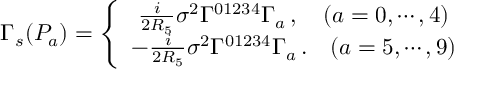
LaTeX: \Gamma _ { s } ( P _ { a } ) = \left\{ \begin{array} { c } { { \frac { i } { 2 R _ { 5 } } \sigma ^ { 2 } \Gamma ^ { 0 1 2 3 4 } \Gamma _ { a } \, , \ \ \ ( a = 0 , \cdots , 4 ) } } \\ { { - \frac { i } { 2 R _ { 5 } } \sigma ^ { 2 } \Gamma ^ { 0 1 2 3 4 } \Gamma _ { a } \, . \ \ \ ( a = 5 , \cdots , 9 ) } } \end{array} \right.